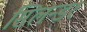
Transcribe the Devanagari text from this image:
सिलन्डर